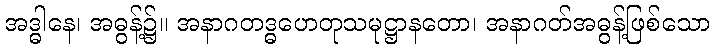
အဒ္ဓါနေ၊ အဓွန့်၌။ အနာဂတဒ္ဓဟေတုသမုဋ္ဌာနတော၊ အနာဂတ်အဓွန့်ဖြစ်သော